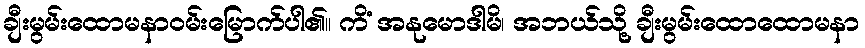
ချီးမွမ်းထောမနာဝမ်းမြောက်ပါ၏။ ကိံ အနုမောဒါမိ၊ အဘယ်သို့ ချီးမွမ်းထောထောမနာ